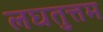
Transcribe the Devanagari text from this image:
लघतुत्तम